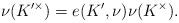
LaTeX: \begin{align*}\nu(K^{\prime\times})=e(K',\nu)\nu(K^{\times}).\end{align*}